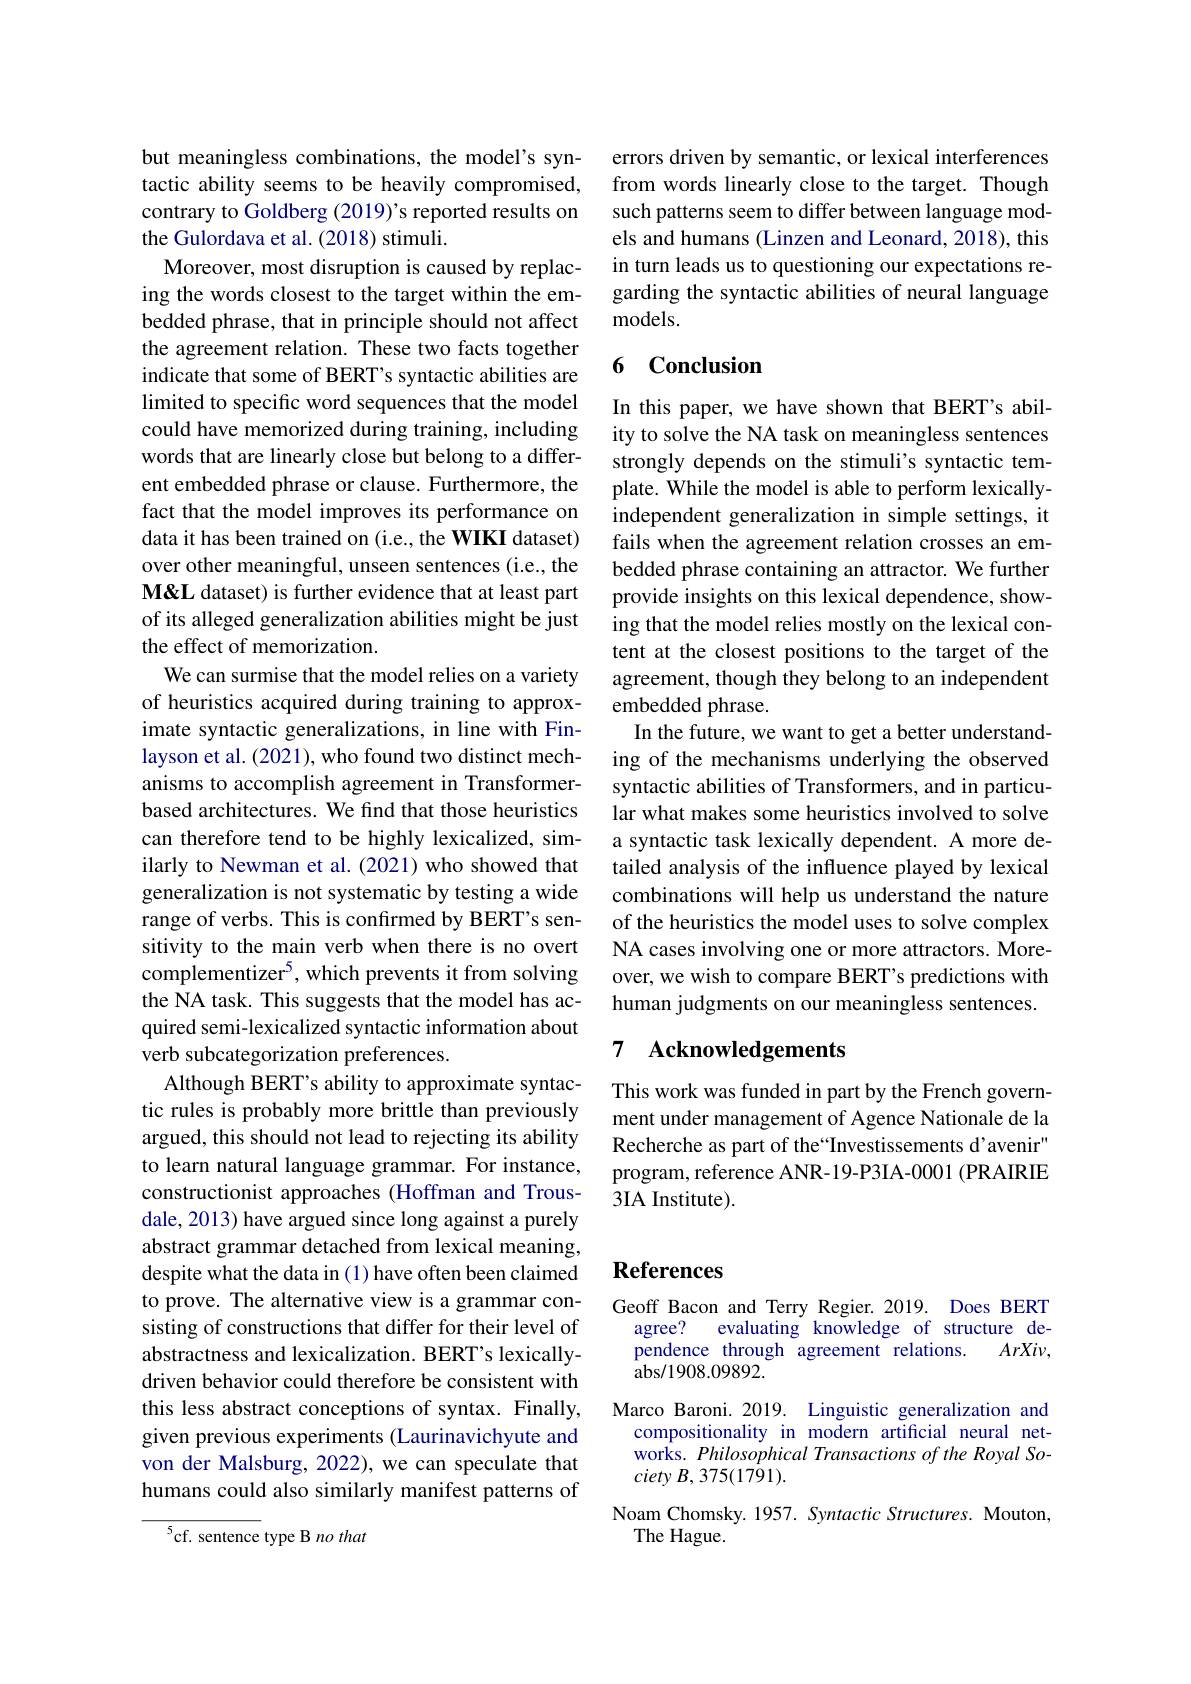
but meaningless combinations, the model's syntactic ability seems to be heavily compromised, contrary to Goldberg (2019)'s reported results on the Gulordava et al. (2018) stimuli.
Moreover, most disruption is caused by replacing the words closest to the target within the embedded phrase, that in principle should not affect the agreement relation. These two facts together indicate that some of BERT's syntactic abilities are limited to specific word sequences that the model could have memorized during training, including words that are linearly close but belong to a different embedded phrase or clause. Furthermore, the fact that the model improves its performance on data it has been trained on (i.e., the WIKI dataset) over other meaningful, unseen sentences (i.e., the M&L dataset) is further evidence that at least part of its alleged generalization abilities might be just the effect of memorization.
We can surmise that the model relies on a variety of heuristics acquired during training to approximate syntactic generalizations, in line with Finlayson et al. (2021), who found two distinct mechanisms to accomplish agreement in Transformerbased architectures. We find that those heuristics can therefore tend to be highly lexicalized, similarly to Newman et al. (2021) who showed that generalization is not systematic by testing a wide range of verbs. This is confırmed by BERT’s sensitivity to the main verb when there is no overt complementizer$^{5}$, which prevents it from solving the NA task. This suggests that the model has acquired semi-lexicalized syntactic information about verb subcategorization preferences
Although BERT's ability to approximate syntactic rules is probably more brittle than previously argued, this should not lead to rejecting its ability to learn natural language grammar. For instance, constructionist approaches (Hoffman and Trousdale, 2013) have argued since long against a purely abstract grammar detached from lexical meaning, despite what the data in (1) have often been claimed to prove. The alternative view is a grammar consisting of constructions that differ for their level of abstractness and lexicalization. BERT's lexicallydriven behavior could therefore be consistent with this less abstract conceptions of syntax. Finally, given previous experiments (Laurinavichyute and von der Malsburg, 2022), we can speculate that humans could also similarly manifest patterns of

$^{5}$cf. sentence type B no that

errors driven by semantic, or lexical interferences from words linearly close to the target. Though such patterns seem to differ between language models and humans (Linzen and Leonard, 2018), this in turn leads us to questioning our expectations regarding the syntactic abilities of neural language ${\mathrm{models.}}$

### 6 Conclusion

In this paper, we have shown that BERT's ability to solve the NA task on meaningless sentences strongly depends on the stimuli's syntactic template. While the model is able to perform lexicallyindependent generalization in simple settings, it fails when the agreement relation crosses an embedded phrase containing an attractor. We further provide insights on this lexical dependence, showing that the model relies mostly on the lexical content at the closest positions to the target of the agreement, though they belong to an independent embedded phrase.
In the future, we want to get a better understanding of the mechanisms underlying the observed syntactic abilities of Transformers, and in particular what makes some heuristics involved to solve a syntactic task lexically dependent. A more detailed analysis of the influence played by lexical combinations will help us understand the nature of the heuristics the model uses to solve complex NA cases involving one or more attractors. Moreover, we wish to compare BERT's predictions with human judgments on our meaningless sentences.

## 7 Acknowledgements

This work was funded in part by the French government under management of Agence Nationale de la Recherche as part of the“Investissements d’avenir" program, reference ANR-19-P3IA-0001 (PRAIRIE 3IA Institute).

# References

Geoff Bacon and Terry Regier. 2019. Does BERT
evaluating knowledge of structure de-
agree?
$ArXiv$,
pendence through agreement relations.
abs/ 1908. 09892.
Marco Baroni. 2019. Linguistic generalization and compositionality in modern artificial neural networks. Philosophical Transactions of the Royal Society $B$, $375( 17\dot{9} 1) .$
Noam Chomsky. 1957. Syntactic Structures. Mouton,
The Hague.